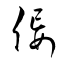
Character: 侫